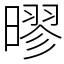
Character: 㬔